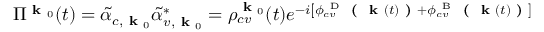
\Pi ^ { \textbf { k } _ { 0 } } ( t ) = \tilde { \alpha } _ { c , \textbf { k } _ { 0 } } \tilde { \alpha } _ { v , \textbf { k } _ { 0 } } ^ { * } = \rho _ { c v } ^ { \textbf { k } _ { 0 } } ( t ) e ^ { - i \left[ \phi _ { c v } ^ { \mathrm { ~ D ~ } } \textbf { ( } \textbf { k } ( t ) \textbf { ) } + \phi _ { c v } ^ { \mathrm { ~ B ~ } } \textbf { ( } \textbf { k } ( t ) \textbf { ) } \right] }